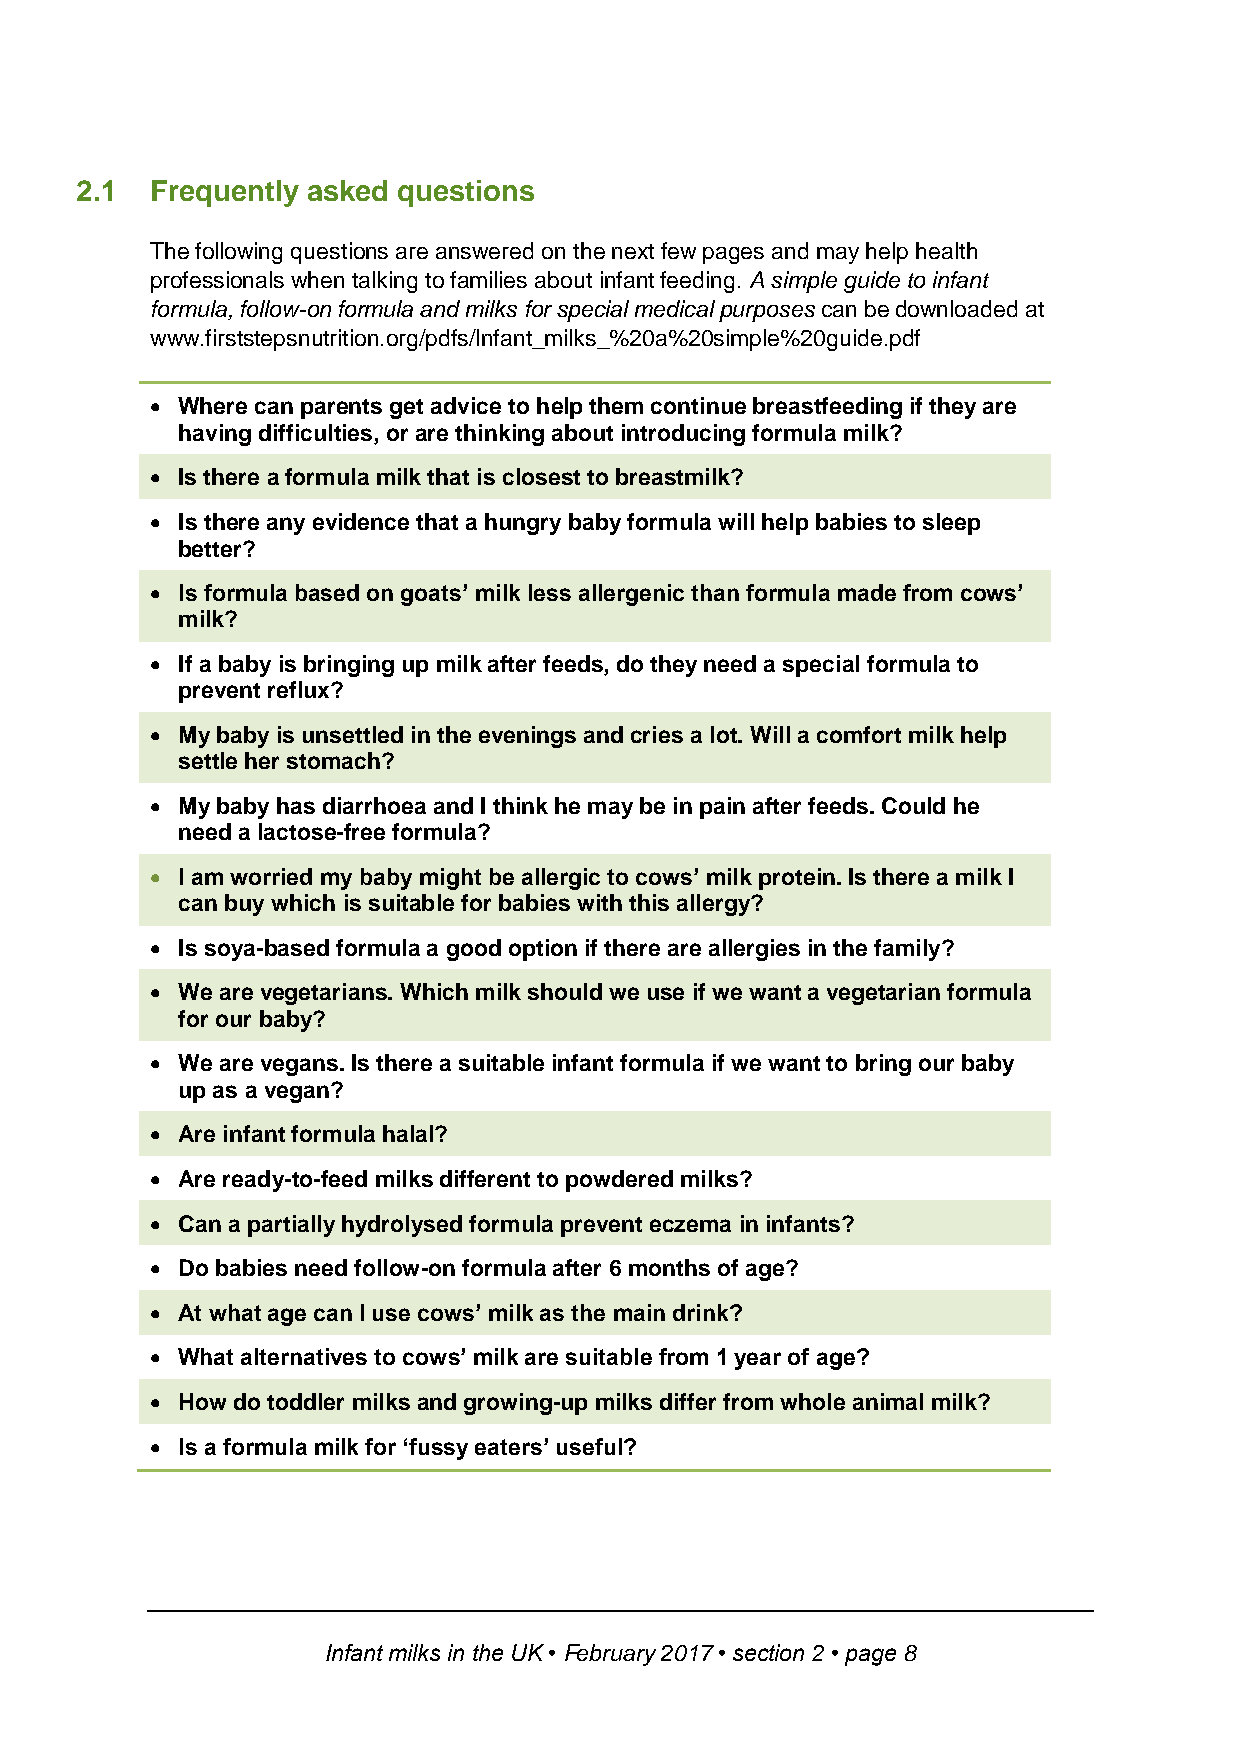
2.1  Frequently asked questions
 The following questions are answered on the next few pages and may help health
 professionals when talking to families about infant feeding. A simple guide to infant
 formula, follow-on formula and milks for special medical purposes can be downloaded at
 www.firststepsnutrition.org/pdfs/Infant_milks_%20a%20simple%20guide.pdf
  Where can parents get advice to help them continue breastfeeding if they are
 having difficulties, or are thinking about introducing formula milk?
  Is there a formula milk that is closest to breastmilk?
  Is there any evidence that a hungry baby formula will help babies to sleep
 better?
  Is formula based on goats’ milk less allergenic than formula made from cows’
 milk?
  If a baby is bringing up milk after feeds, do they need a special formula to
 prevent reflux?
  My baby is unsettled in the evenings and cries a lot. Will a comfort milk help
 settle her stomach?
  My baby has diarrhoea and I think he may be in pain after feeds. Could he
 need a lactose-free formula?
  I am worried my baby might be allergic to cows’ milk protein. Is there a milk I
 can buy which is suitable for babies with this allergy?
  Is soya-based formula a good option if there are allergies in the family?
  We are vegetarians. Which milk should we use if we want a vegetarian formula
 for our baby?
  We are vegans. Is there a suitable infant formula if we want to bring our baby
 up as a vegan?
  Are infant formula halal?
  Are ready-to-feed milks different to powdered milks?
  Can a partially hydrolysed formula prevent eczema in infants?
  Do babies need follow-on formula after 6 months of age?
  At what age can I use cows’ milk as the main drink?
  What alternatives to cows’ milk are suitable from 1 year of age?
  How do toddler milks and growing-up milks differ from whole animal milk?
  Is a formula milk for ‘fussy eaters’ useful?
 Infant milks in the UK • February 2017 • section 2 • page 8